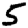
Digit: 5